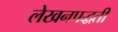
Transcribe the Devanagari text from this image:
लेखनपद्धती